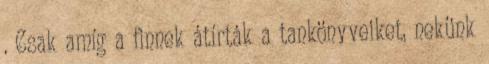
. Csak amíg a finnek átírták a tankönyveiket, nekünk